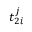
t _ { 2 i } ^ { j }